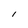
Character: I